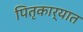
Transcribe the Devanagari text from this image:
पितृकार्यात